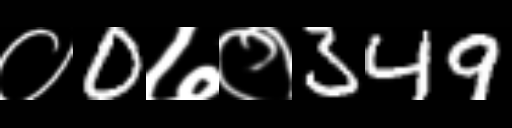
Text: ०0७०349